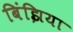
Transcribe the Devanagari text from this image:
बिंझिया